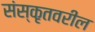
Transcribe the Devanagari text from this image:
संस्कृतवरील